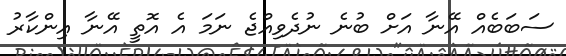
ސަބަބެއް އޭނާ އަށް ބުނެ ނުދެވިއްޖެ ނަމަ އެ އޮތީ އޭނާ އިންކާރު